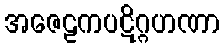
အဇေဠကပဋိဂ္ဂဟဏာ